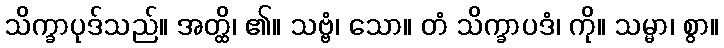
သိက္ခာပုဒ်သည်။ အတ္ထိ၊ ၏။ သဗ္ဗံ၊ သော။ တံ သိက္ခာပဒံ၊ ကို။ သမ္မာ၊ စွာ။